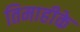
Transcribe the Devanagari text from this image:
तिमाहीके